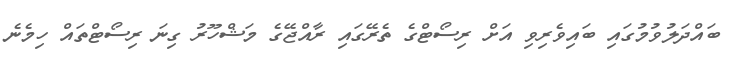
ބައްދަލުވުމުގައި ބައިވެރިވި އަށް ރިސޯޓްގެ ތެރޭގައި ރާއްޖޭގެ މަޝްހޫރު ގިނަ ރިސޯޓްތައް ހިމެނެ